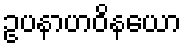
ဥပနာဟဝိနယော